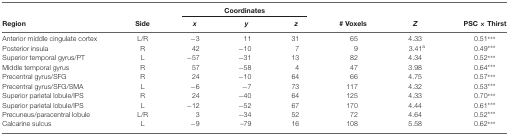
<table><thead><tr><td></td><td></td><td colspan="3"><b>Coordinates</b></td><td></td><td></td><td></td></tr><tr><td><b>Region</b></td><td><b>Side</b></td><td><b><i>x</i></b></td><td><b><i>y</i></b></td><td><b><i>z</i></b></td><td><b># Voxels</b></td><td><b><i>Z</i></b></td><td><b>PSC × Thirst</b></td></tr></thead><tbody><tr><td>Anterior middle cingulate cortex</td><td>L/R</td><td>−3</td><td>11</td><td>31</td><td>65</td><td>4.33</td><td>0.51***</td></tr><tr><td>Posterior insula</td><td>R</td><td>42</td><td>−10</td><td>7</td><td>9</td><td>3.41<sup>a</sup></td><td>0.49***</td></tr><tr><td>Superior temporal gyrus/PT</td><td>L</td><td>−57</td><td>−31</td><td>13</td><td>82</td><td>4.34</td><td>0.52***</td></tr><tr><td>Middle temporal gyrus</td><td>R</td><td>57</td><td>−58</td><td>4</td><td>47</td><td>3.98</td><td>0.64***</td></tr><tr><td>Precentral gyrus/SFG</td><td>R</td><td>24</td><td>−10</td><td>64</td><td>66</td><td>4.75</td><td>0.57***</td></tr><tr><td>Precentral gyrus/SFG/SMA</td><td>L</td><td>−6</td><td>−7</td><td>73</td><td>117</td><td>4.32</td><td>0.53***</td></tr><tr><td>Superior parietal lobule/IPS</td><td>R</td><td>24</td><td>−40</td><td>64</td><td>125</td><td>4.33</td><td>0.70***</td></tr><tr><td>Superior parietal lobule/IPS</td><td>L</td><td>−12</td><td>−52</td><td>67</td><td>170</td><td>4.44</td><td>0.61***</td></tr><tr><td>Precuneus/paracentral lobule</td><td>L/R</td><td>3</td><td>−34</td><td>52</td><td>72</td><td>4.64</td><td>0.52***</td></tr><tr><td>Calcarine sulcus</td><td>L</td><td>−9</td><td>−79</td><td>16</td><td>108</td><td>5.58</td><td>0.62***</td></tr></tbody></table>